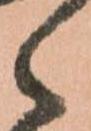
候